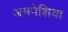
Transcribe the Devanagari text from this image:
अमनेशिया